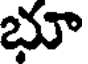
భూ